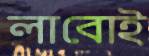
লাবোই